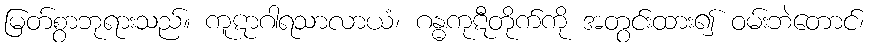
မြတ်စွာဘုရားသည်။ ကူဋာဂါရသာလာယံ၊ ဂန္ဓကုဋီတိုက်ကို အတွင်းထား၍ ဝမ်းဘဲတောင်၊